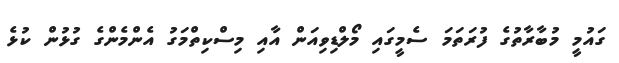
ގައުމީ މުބާރާތުގެ ފުރަތަމަ ސެމީގައި މޯލްޑިވިއަން އާއި މިސްކިތްމަގު އެންމެންގެ ގުޅުން ކުޅެ